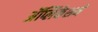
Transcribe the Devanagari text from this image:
ॲप्लिकेशने